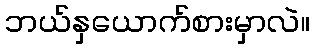
ဘယ်နှယောက်စားမှာလဲ။